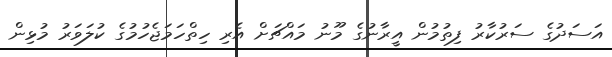
އަސަދުގެ ސަރުކާރު ފިތުމުން އީރާނުގެ މޫނު މައްޗަށް އެރި ހިތްހަމަޖެހުމުގެ ކުލަވަރު މުޅިން